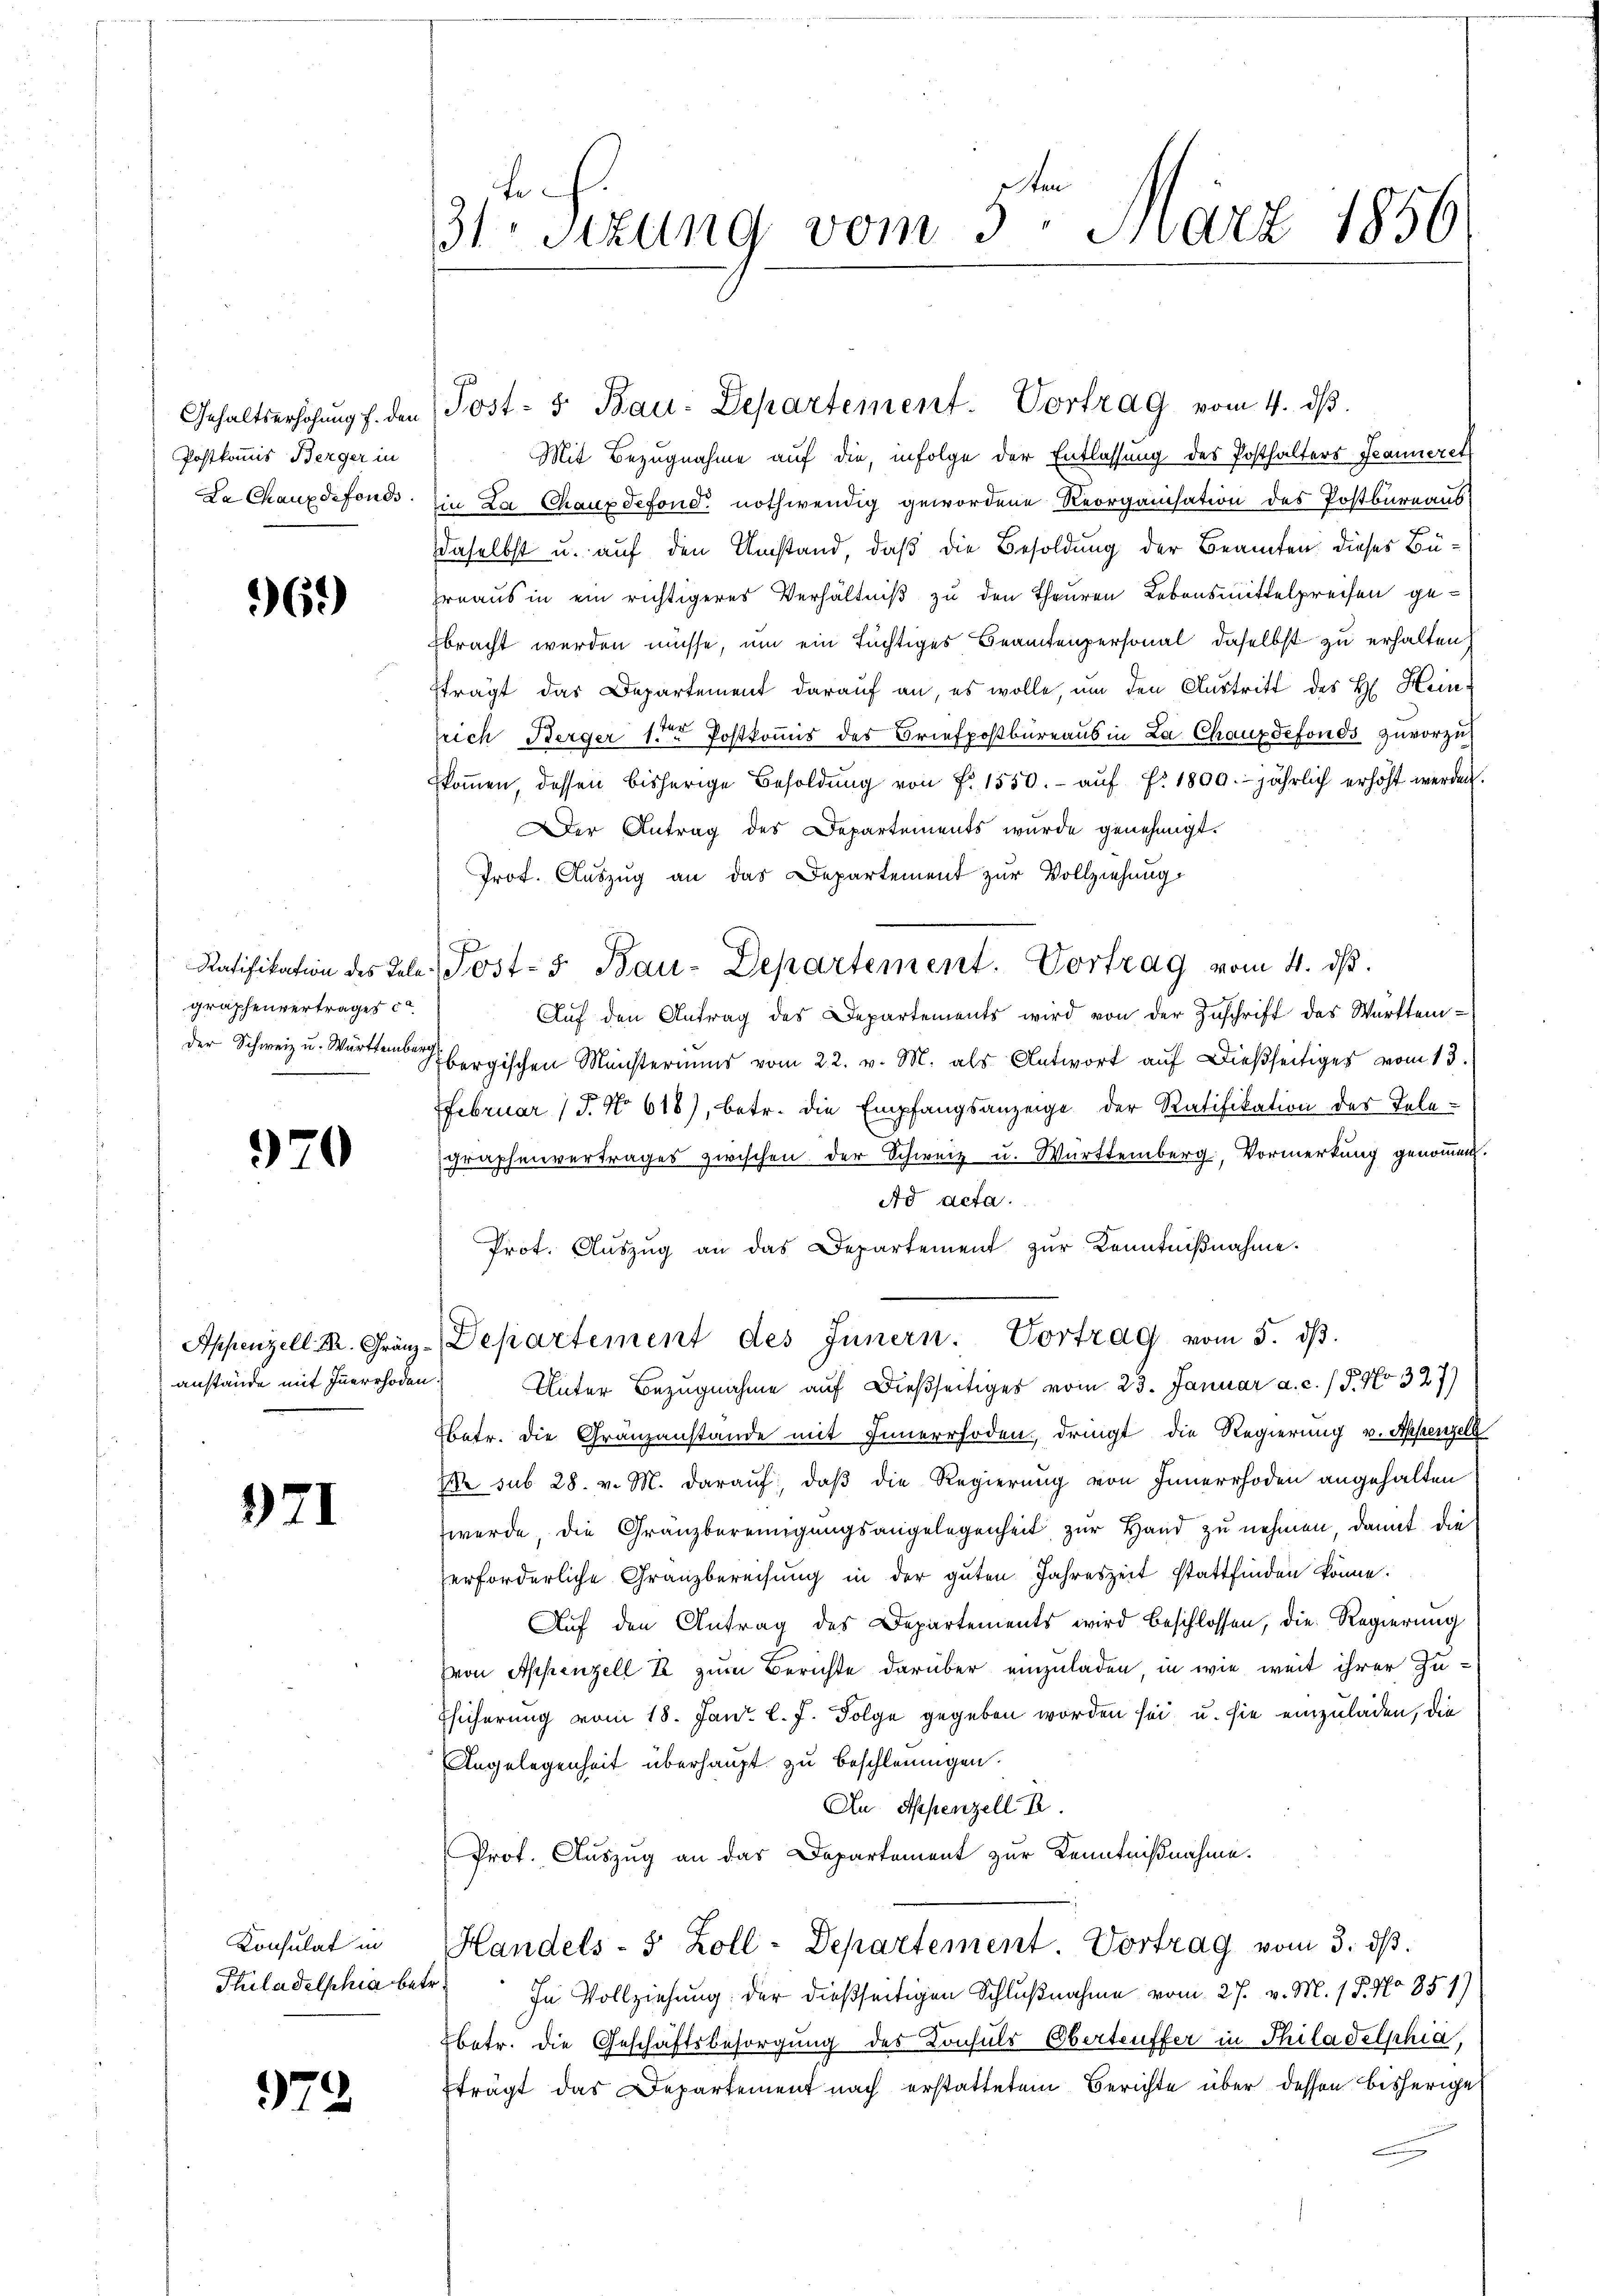
Postkommis Berger in
La Chauxdefonds.

6.)

Ratifikation des Telegraphenvertrages c
der Schweiz u. Württemberg

970

Appenzell A. Gränzanstände mit Innerrhoden.

971

Konsulat in
Philadelphia betr

979

3tr. Sizung vom 5ten März 1856

Mit Bezugnahme auf die, infolge der Entlassung des Posthalters Jeanneret
in La Chauxdefond nothwendig gewordene Reorganisation des Postbureaus
daselbst u. auf den Umstand, daß die Besoldung der Beamten dieses Bürnaus in ein richtigeres Verhältniß zu den Theuren Lebensmittelpreisen gebracht werden müsse, um ein tüchtiges Beamtenpersonal, daselbst zu erhalten
fträgt das Departement darauf an, es wolle, um den Austritt des H. Heinlrich Berger 1ten Postkommis des Briefpostbüreaus in La Chauxdefonds zuvorzu
koṁen, dessen bisherige Besoldŭng von F. 1550.- aŭf f. 1800. jährlich erhöht werden.
er Antrag des Departements wurde genehmigt.
Prof. Auszug an das Departement zur Vollziehung
Post- 5. Bau-Departement. Vortrag vom 4. ds.
Auf den Antrag des Departements wird von der Zuschrift des Württem-
bergischen Münsteriums vom 22. v. M. als Antwort aŭf dießseitiges vom 13.
FFebruar (§. No 618), betr. die Empfangsanzeige der Ratifikation des Telegraphenvertrages zwischen der Schweiz u. Württemberg, Vormerkung genommen.
Ad acta.
Prot. Aŭszŭg an das Departement zŭr Kenntniβnahme.
Departement des Innern. Vortrag vom 5. dβ.
Unter Bezugnahme auf dießseitiges vom 23. Januar a. c. / P. No 327)
Ebetr. die Gränzanstande mit Innerrhoden, dringt die Regierung v. Appenzell
E sub 28. v. M. darauf, daß die Regierung von Innerrhoden angehalten
werde, die Granzbereinigungsangelegenheit zur Hand zu nehmen, damit die
erforderliche Franzbereisung in der guten Jahreszeit stattfinden könne.
Auf den Antrag des Departements wird beschlossen, die Regierung
Von Appenzell T. zum Berichte darüber einzuladen, in wie weit ihrer Zu¬
Esicherung vom 18. Janr. l. J. Folge gegeben worden sei, u. sie einzuladen, die
Angelegenheit überhaupt zu beschleunigen.
An Appenzell I.
Prot. Auszug an das Departement zur Kenntnißnahme.
Handels- 5 Zoll - Departement. Vortrag vom 3. ds.
In Vollziehung der dießseitigen Schlußnahme vom 27. v. M. 1 P. No 851)
betr. die Geschäftsbesorgung des Konsuls Obertreffer in Philadelphia,
trägt das Departement nach erstattetem Berichte über dessen bisherige

Gehaltserhöhŭng s. den Post- & Bau-Departement. Vortrag vom 4. dβ.